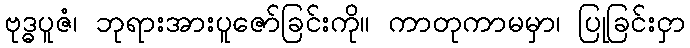
ဗုဒ္ဓပူဇံ၊ ဘုရားအားပူဇော်ခြင်းကို။ ကာတုကာမမှာ၊ ပြုခြင်းငှာ